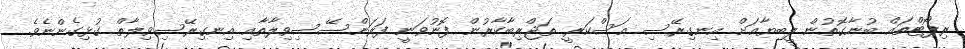
ރިޕޯޓްތައް ބުނާގޮތުން ލީބިޔާއަށް އިނގިރޭސި ޢަސްކަރީ ތަޖްރިބާކާރުން ފޮނުވަނީ ފަރަންސޭސިވިލާތާއި އިނގިރޭސިވިލާތް ގުޅިގެންނެވެ.